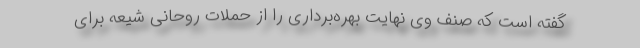
گفته است که صنف وی نهایت بهره‌برداری را از حملات روحانی شیعه برای